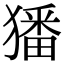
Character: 㺕